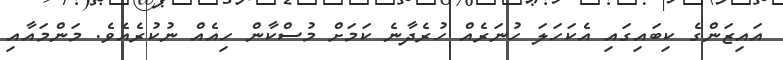
އައިޒަންގެ ކިބައިގައި އެކަހަލަ ހުނަރެއް ހުރެދާނެ ކަމަށް މުސްކާން ހިއެއް ނުކުރެއެވެ. މަންމައާއި